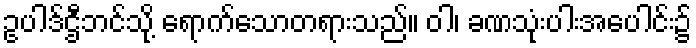
ဥပါဒ်ဌီဘင်သို့ ရောက်သောတရားသည်။ ဝါ၊ ခဏသုံးပါးအပေါင်း၌